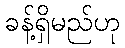
ခန့်ရှိမည်ဟု